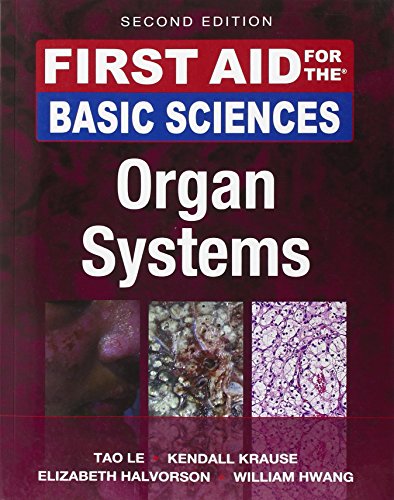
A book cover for First Aid for the Basic Sciences: Organ Systems, Second Edition (First Aid Series); Tao Le; Test Preparation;